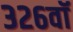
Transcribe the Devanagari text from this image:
३२६वॉ